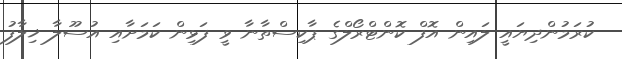
ކުރަމުންދިޔައީ ލައިން އޮފް ކޮންޓްރޯލްގެ ޕާކިސްތާނާ ވީ ފަޅިން ކަމަށާއި އުސޫލާ ޚިލާފު